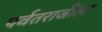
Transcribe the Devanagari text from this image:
पर्वतराजीला